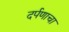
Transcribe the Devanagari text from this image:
दर्पणाचा